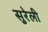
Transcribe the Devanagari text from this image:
सुरेली